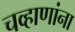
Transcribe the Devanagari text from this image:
चव्हाणांना